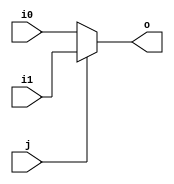
module mux2 (input wire i0, i1, j, output wire o);
  assign o = (j==0)?i0:i1;
endmodule

module mux4 (input wire [0:3] i, input wire j1, j0, output wire o);
  wire  t0, t1;
  
mux2 m0(d0,d1,s0,t0);
mux2 m1(d2,d3,s0,t1);
mux2 m2(t0,t1,s1,y);
	

endmodule